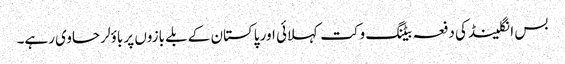
بس انگلینڈ کی دفعہ بیٹنگ وکت کہلائی اور پاکستان کے بلے بازوں پر باؤلر حاوی رہے۔